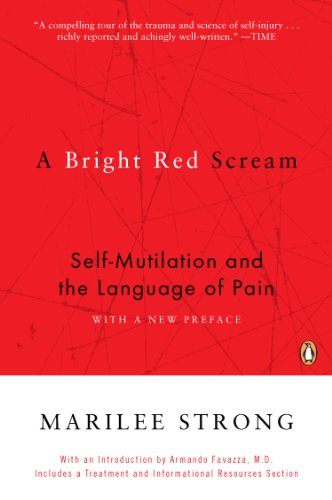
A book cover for A Bright Red Scream: Self-Mutilation and the Language of Pain; Marilee Strong; Health, Fitness & Dieting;